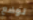
توضع